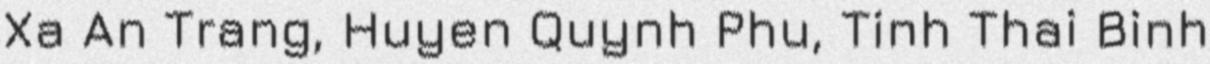
Xa An Trang, Huyen Quynh Phu, Tinh Thai Binh